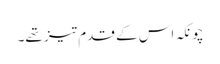
چونکہ اس کے قدم تیز تھے۔